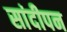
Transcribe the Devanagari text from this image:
सांदीपन